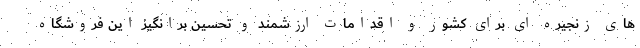
های زنجیره ای برای کشور و اقدامات ارزشمند و تحسین برانگیز این فروشگاه